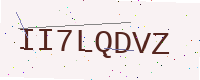
Text: II7LQDVZ